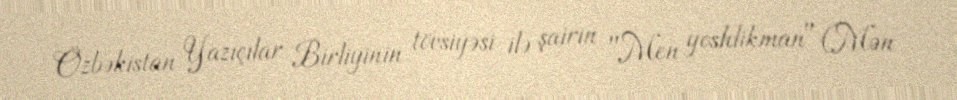
Özbəkistan Yazıçılar Birliyinin tövsiyəsi ilə şairin "Men yoshlikman" (Mən